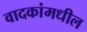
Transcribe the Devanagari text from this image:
वादकांमधील